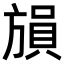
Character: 𪯾